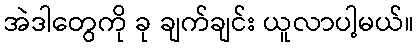
အဲဒါတွေကို ခု ချက်ချင်း ယူလာပါ့မယ်။